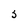
Character: s